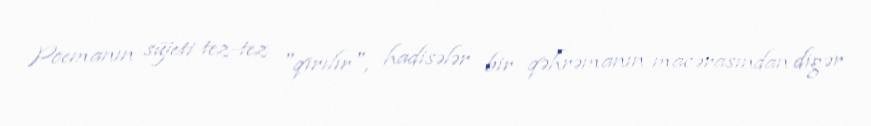
Poemanın süjeti tez-tez "qırılır", hadisələr bir qəhrəmanın macərasından digər